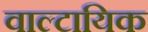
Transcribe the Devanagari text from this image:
वाल्टायिक